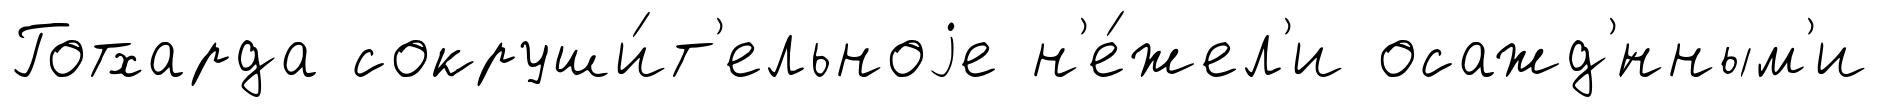
Готхарда сокруши́т'ельноjе н'е́жел'и осажд'́нным'и